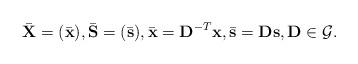
LaTeX: \begin{align*}\bar{\mathbf{X}}=(\bar{\mathbf{x}}),\bar{\mathbf{S}}=(\bar{\mathbf{s}}), \bar{\mathbf{x}}=\mathbf{D}^{-T}\mathbf{x},\bar{\mathbf{s}}=\mathbf{D}\mathbf{s}, \mathbf{D} \in \mathcal{G}.\end{align*}